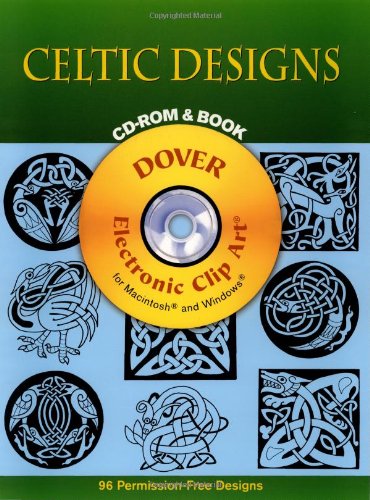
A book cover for Celtic Designs CD-ROM and Book (Dover Electronic Clip Art); Dover; Arts & Photography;